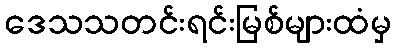
ဒေသသတင်းရင်းမြစ်များထံမှ